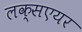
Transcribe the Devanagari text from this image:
लक्सएयर